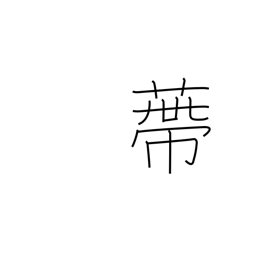
Meaning: calyx